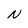
Character: N